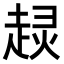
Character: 𧼍